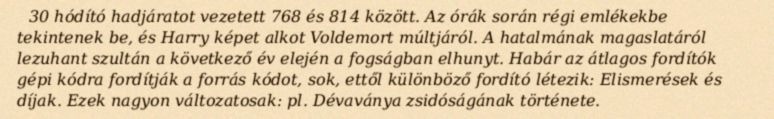
30 hódító hadjáratot vezetett 768 és 814 között. Az órák során régi emlékekbe tekintenek be, és Harry képet alkot Voldemort múltjáról. A hatalmának magaslatáról lezuhant szultán a következő év elején a fogságban elhunyt. Habár az átlagos fordítók gépi kódra fordítják a forrás kódot, sok, ettől különböző fordító létezik: Elismerések és díjak. Ezek nagyon változatosak: pl. Dévaványa zsidóságának története.